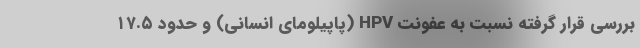
بررسی قرار گرفته نسبت به عفونت HPV (پاپیلومای انسانی) و حدود ۱۷.۵